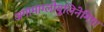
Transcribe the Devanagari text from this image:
अगामाग्लोबुलिनेमिया